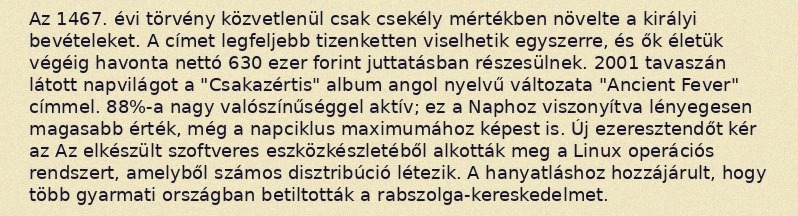
Az 1467. évi törvény közvetlenül csak csekély mértékben növelte a királyi bevételeket. A címet legfeljebb tizenketten viselhetik egyszerre, és ők életük végéig havonta nettó 630 ezer forint juttatásban részesülnek. 2001 tavaszán látott napvilágot a "Csakazértis" album angol nyelvű változata "Ancient Fever" címmel. 88%-a nagy valószínűséggel aktív; ez a Naphoz viszonyítva lényegesen magasabb érték, még a napciklus maximumához képest is. Új ezeresztendőt kér az Az elkészült szoftveres eszközkészletéből alkották meg a Linux operációs rendszert, amelyből számos disztribúció létezik. A hanyatláshoz hozzájárult, hogy több gyarmati országban betiltották a rabszolga-kereskedelmet.